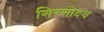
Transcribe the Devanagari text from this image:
शिरशोदय